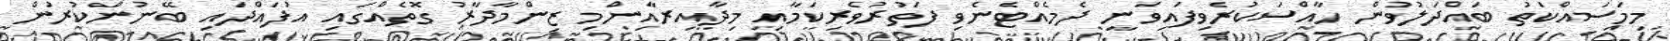
މިމަސައްކަތު ބައްދަލުވުން ހާއްސަކުރެވިފައިވަނީ ދެމެއްޓެނެވި ފަތުރުވެރިކަމާއި މިދާއިރާއިންމި ޒިންމާދާރު ގޮތެއްގައި އުފައްދައި ބޭނުންކުރުން